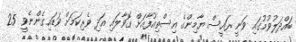
ބައްދަލުވުމުގައި ވަނީ ރައީސް ޔާމިންގެ އިސްތިއުފާއަށް ގޮވާލައި އަދި ވެރިކަމަށް ވަޑައިގެންނެވީ 25